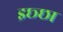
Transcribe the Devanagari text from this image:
इछ्छा